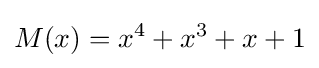
M(x)=x^{4}+x^{3}+x+1